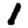
Digit: 1